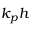
k _ { p } h